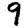
Digit: 9